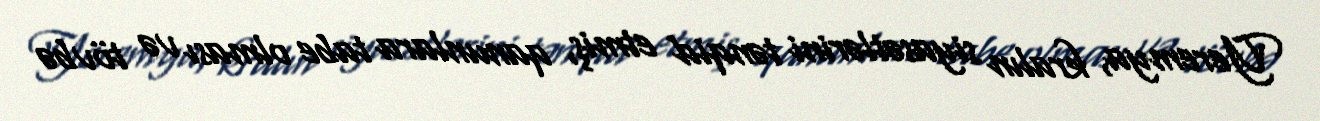
Yeremya, kralın siyasətlərini tənqid etmiş, qanunlara tabe olması və tövbə